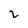
Character: 2